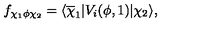
f _ { \chi _ { 1 } \phi \chi _ { 2 } } = \langle \overline { \chi } _ { 1 } | V _ { i } ( \phi , 1 ) | \chi _ { 2 } \rangle ,